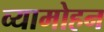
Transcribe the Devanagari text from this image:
व्यामोहन